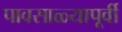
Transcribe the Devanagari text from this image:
पावसाळ्यापूर्वी